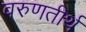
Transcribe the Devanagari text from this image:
वरुणतीर्थ